Vaccine operations Central Provinces & Berar 1922-1929 - 1922-1929
Year: 1922
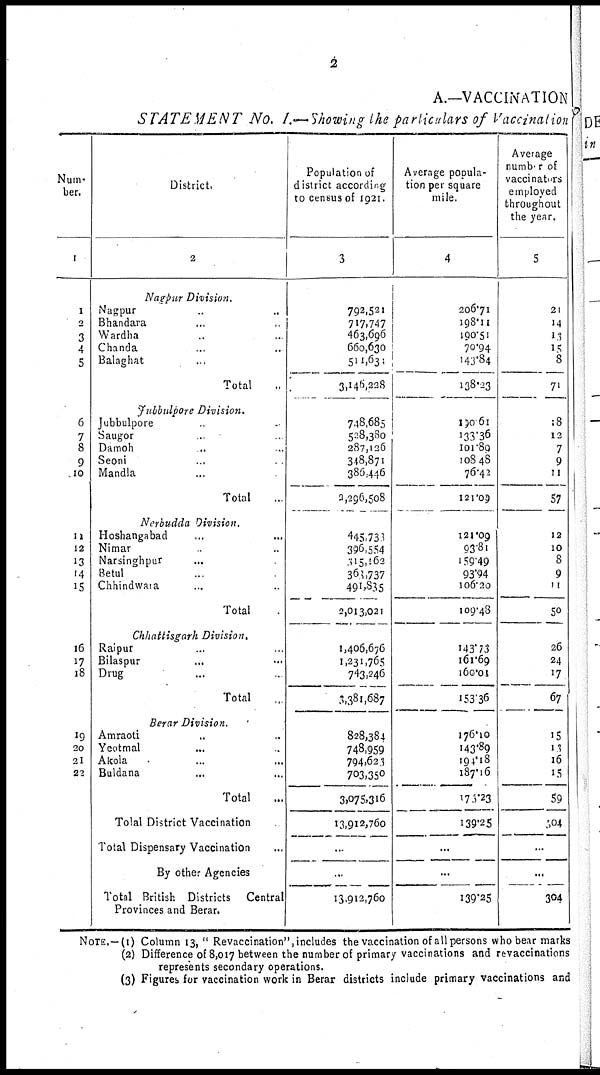
2
A.—VACCINATION
STATEMENT No. I.— Showing the particulars of Vaccination
Num-
ber.
1
1
2
3
4
5
6
7
8
9
10
11
12
13
14
15
16
17
18
19
20
21
22
District.
2
Nagpur Division.
Nagpur ... ...
Bhandara ... ...
Wardha ... ...
Chanda ... ...
Balaghat ... ...
Total ...
Jubbulpore Division.
Jubbulpore ... ...
Saugor ... ...
Damoh ... ...
Seoni ... ...
Mandla ... ...
Total ...
Nerbudda Division.
Hoshangabad ... ...
Nimar ... ...
Narsinghpur ... ...
Betul ... ...
Chhindwara ... ...
Total
Chhattisgarh Division.
Raipur ... ...
Bilaspur ... ...
Drug ... ...
Total ...
Berar Division.
Amraoti ... ...
Yeotmal ... ...
Akola ... ...
Buldana ... ...
Total
Tolal District Vaccination
Total Dispensary Vaccination
By other Agencies
Total British Districts
Central
Provinces and Berar.
Population of
district according
to census of 1921.
3
792,521
717,747
463,696
660,630
511,631
3,146,228
748,685
528,380
287,126
318,871
386,446
2,296,508
445,731
396,554
315,162
363,737
491,835
2,013,021
1,406,676
1,231,765
743,246
3,381,687
828,384
748,959
794,623
703,350
3,075,316
13,912,760
...
...
13,912,760
Average popula-
tion per square
mile.
4
206.71
198.11
190.51
70.94
143.84
138.23
190.61
133.36
101.89
108.48
76.42
121.05
121.09
93.81
159.49
93.94
106.20
109.48
143.73
161.69
160.01
153.36
176.10
143.89
194.18
187.16
175.23
139.25
...
...
139.25
Average
number of
vaccinators
employed
throughout
the year.
5
21
14
13
15
8
71
18
12
7
9
11
57
12
10
8
9
11
50
26
24
17
67
15
13
16
15
59
304
...
...
304
NOTE.-(1) Column 13, " Revaccination", includes the vaccination of all persons who bear marks
(2) Difference of 8,017 between the number of primary vaccinations and revaccinations
represents secondary operations.
(3) Figures for vaccination work in Berar districts include primary vaccinations and